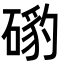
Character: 𥔰